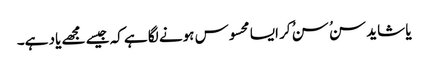
یا شاید سنُ سنُ کر ایسا محسوس ہونے لگا ہے کہ جیسے مجھے یاد ہے۔